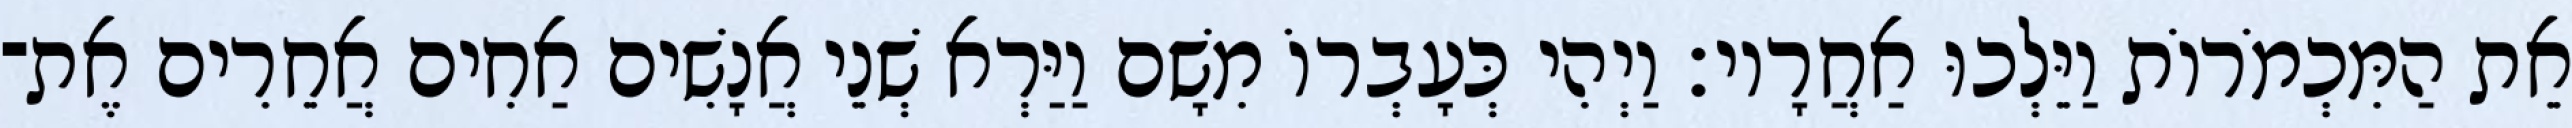
אֵת הַמִּכְמֹרוֹת וַיֵּלְכוּ אַחֲרָיו׃ וַיְהִי כְּעָבְרוֹ מִשָׁם וַיַּרְא שְׁנֵי אֲנָשִׁים אַחִים אֲחֵרִים אֶת־